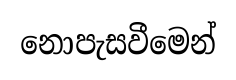
නොපැසවීමෙන්